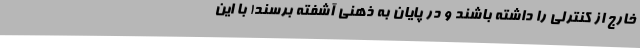
خارج از کنترلی را داشته باشند و در پایان به ذهنی آشفته برسند! با این